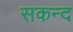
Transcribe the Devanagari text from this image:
सकन्द